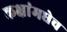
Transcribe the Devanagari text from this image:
कक्षांमधेच